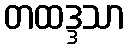
တထဒ္ဒသာ